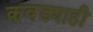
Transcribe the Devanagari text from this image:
कवड्याही